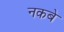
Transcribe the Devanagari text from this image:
नकबे